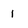
Character: 1